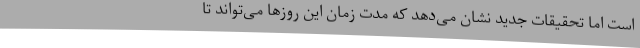
است اما تحقیقات جدید نشان می‌دهد که مدت زمان این روزها می‌تواند تا